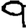
Digit: 9